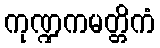
ကုဏ္ဍကမတ္တိကံ